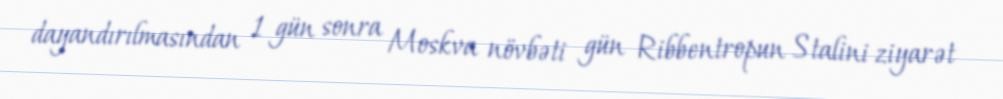
dayandırılmasından 1 gün sonra Moskva növbəti gün Ribbentropun Stalini ziyarət